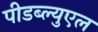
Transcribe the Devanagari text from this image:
पीडब्ल्युएल